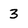
Character: 3